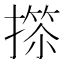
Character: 𢲺